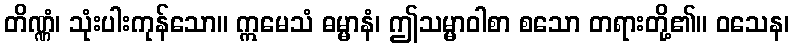
တိဏ္ဏံ၊ သုံးပါးကုန်သော။ ဣမေသံ ဓမ္မာနံ၊ ဤသမ္မာဝါစာ စသော တရားတို့၏။ ဝသေန၊